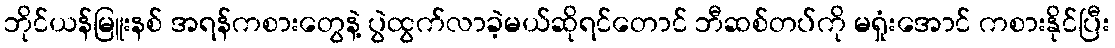
ဘိုင်ယန်မြူးနစ် အရန်ကစားတွေနဲ့ ပွဲထွက်လာခဲ့မယ်ဆိုရင်တောင် ဘီဆစ်တပ်ကို မရှုံးအောင် ကစားနိုင်ပြီး